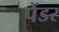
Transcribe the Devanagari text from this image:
पेंडर